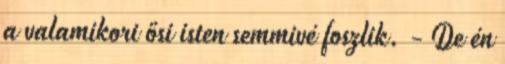
a valamikori ősi isten semmivé foszlik. - De én